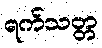
ရက်သတ္တ